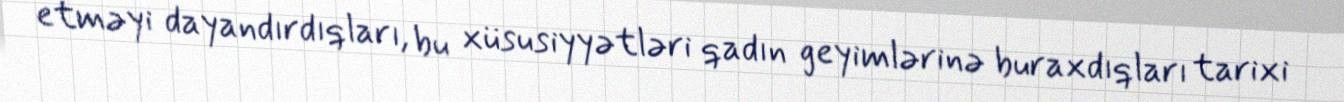
etməyi dayandırdıqları, bu xüsusiyyətləri qadın geyimlərinə buraxdıqları tarixi